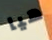
هيا